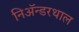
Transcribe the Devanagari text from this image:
निअॅन्डरथाल